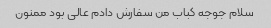
سلام جوجه کباب من سفارش دادم عالی بود ممنون